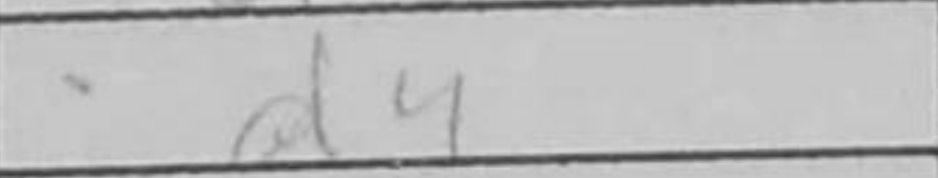
Transcription: d4